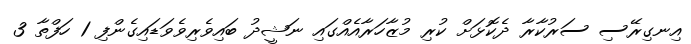
އިނގިރޭސި ސަރުކާރާ ދެކޮޅަށް ކުރި މުޒާހަރާއެއްގައި ނަޝީދު ބައިވެރިވެވަޑައިގެންފި 1 ހަފްތާ 3